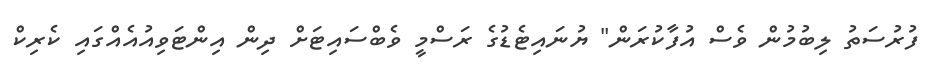
ފުރުސަތު ލިބުމުން ވެސް އުފާކުރަން" ޔުނައިޓެޑުގެ ރަސްމީ ވެބްސައިޓަށް ދިން އިންޓަވިއުއެއްގައި ކެރިކް